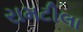
રામટીલા